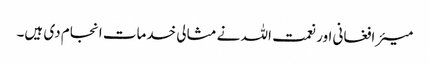
میئر افغانی اور نعمت اللہ نے مثالی خدمات انجام دی ہیں۔